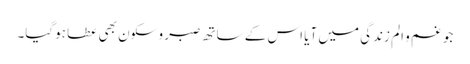
جو غم و الم زندگی میں آیا اس کے ساتھ صبر و سکون بھی عطا ہوگیا۔